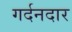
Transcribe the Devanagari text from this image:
गर्दनदार